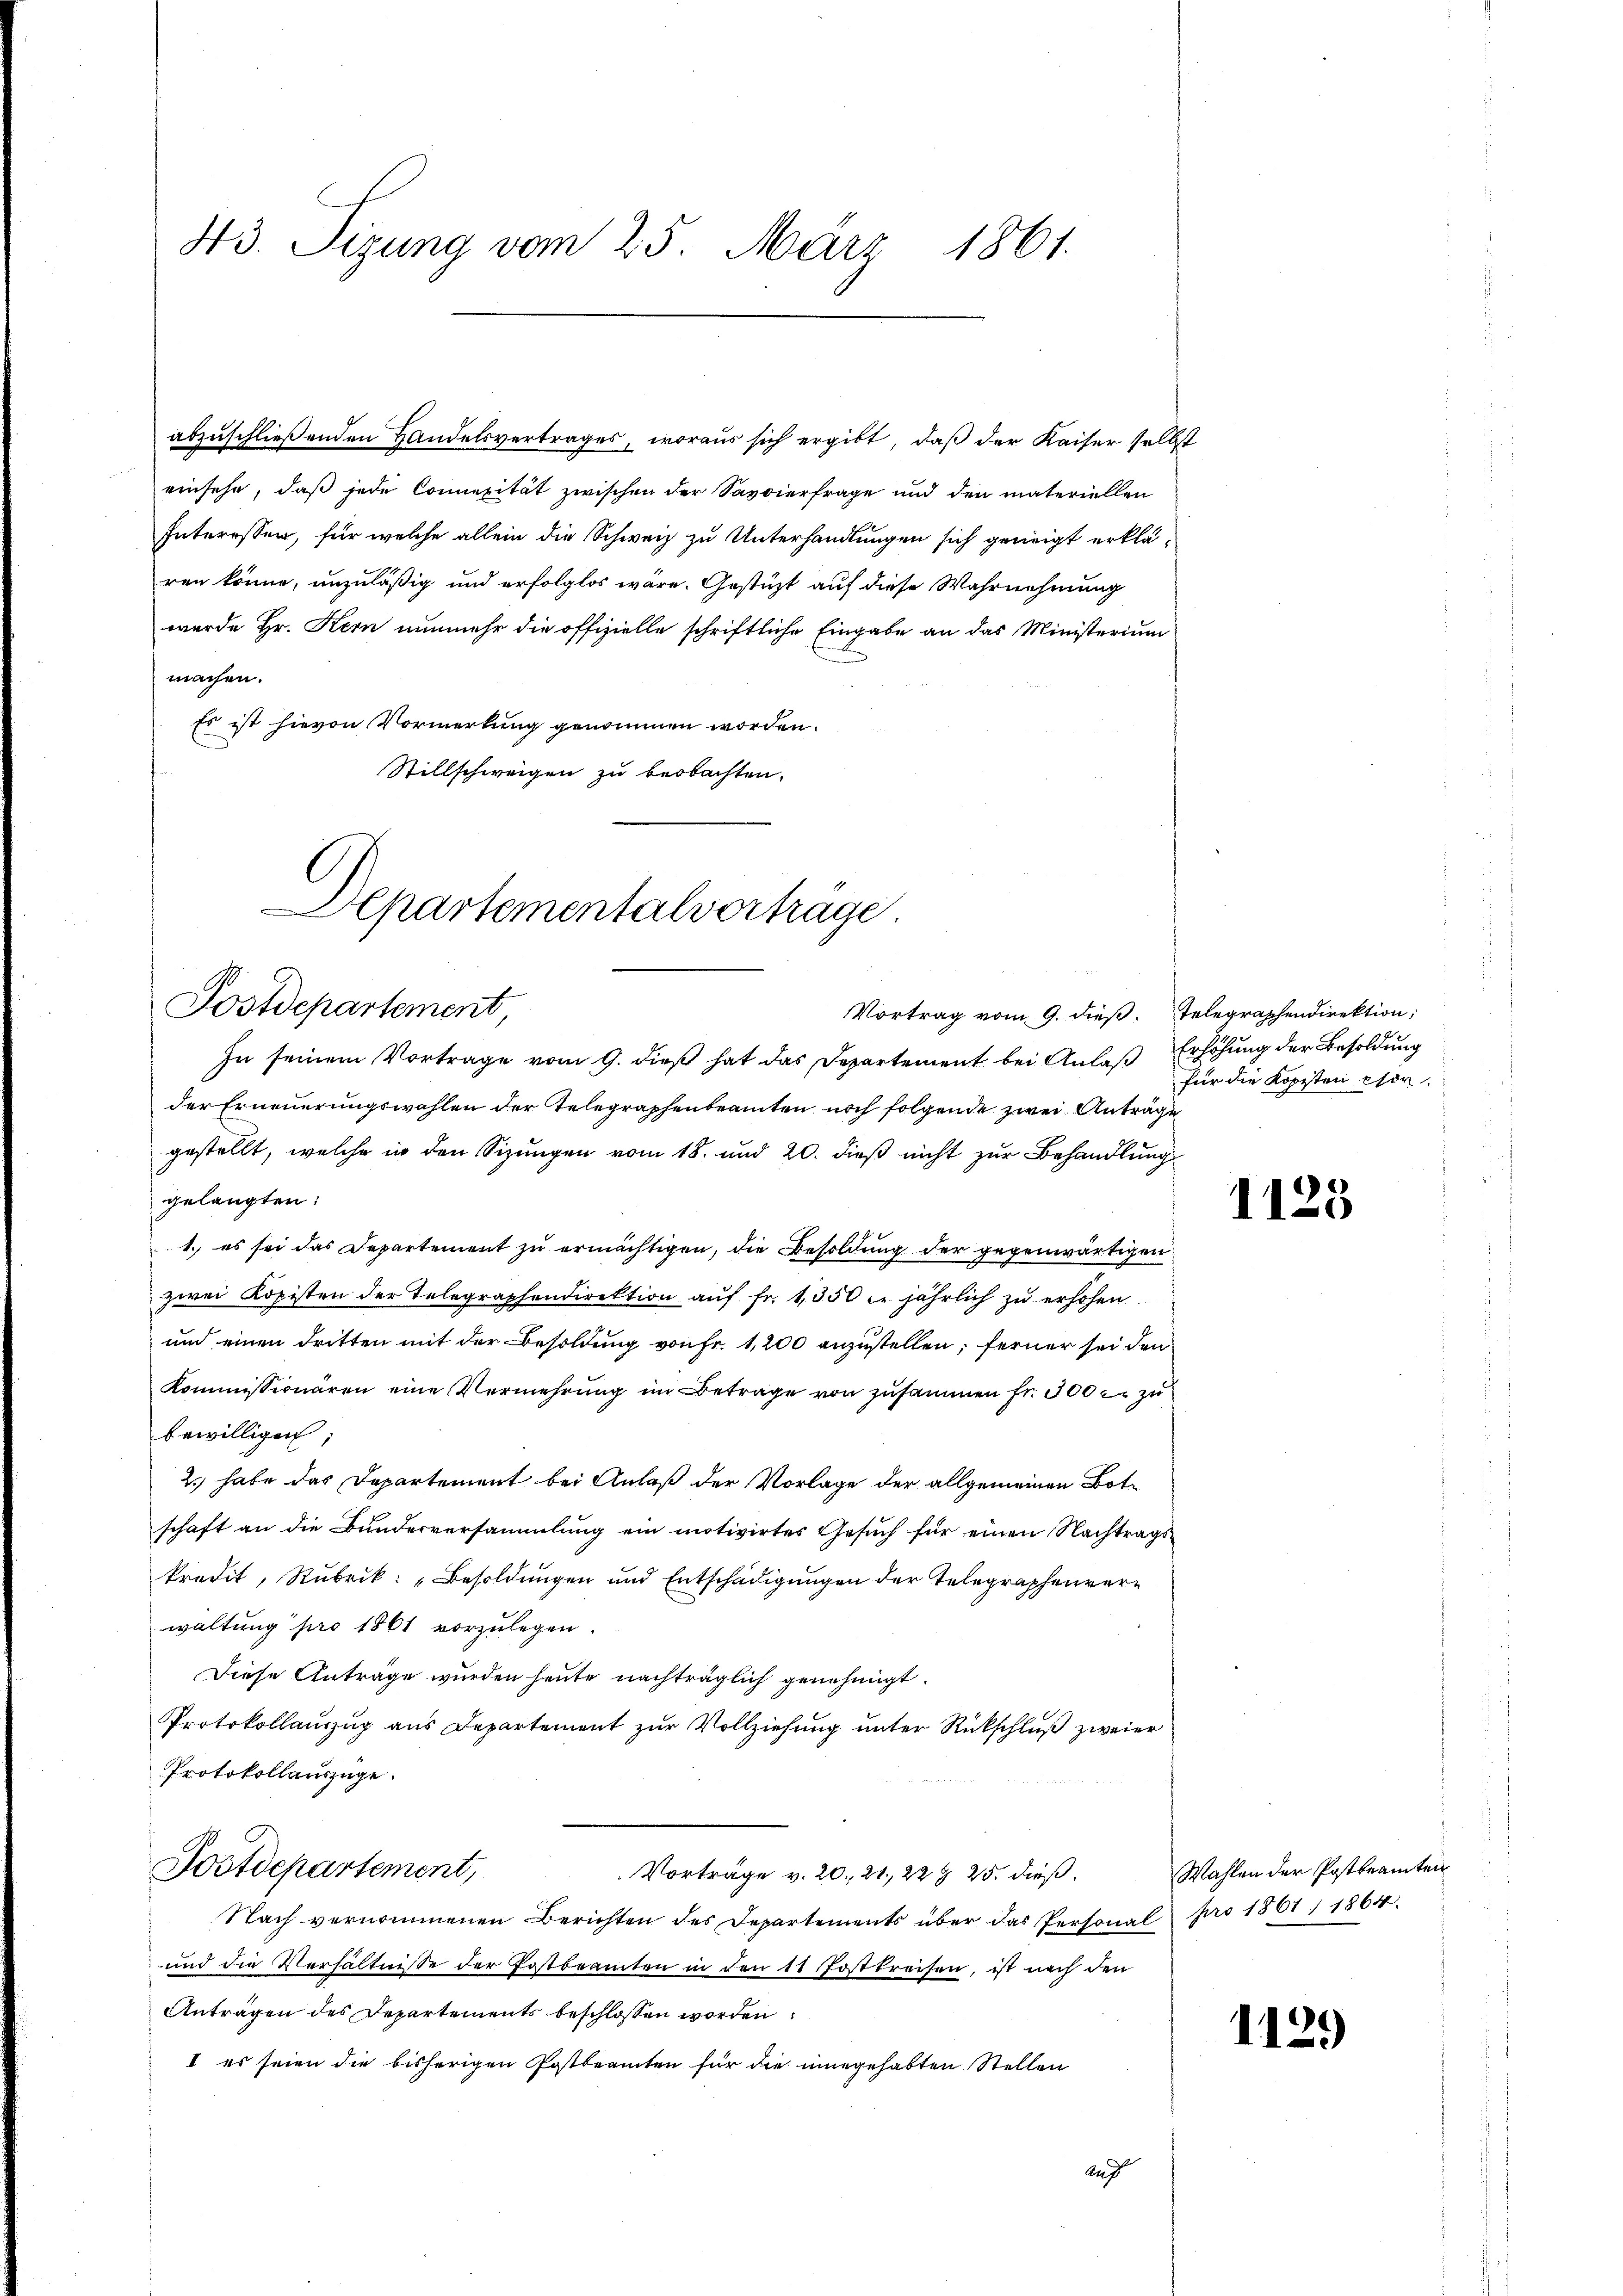
43. Sizung vom 25. März 1861.

ren könne, unzuläßig und erfolglos wäre. Gestützt auf diese Wahrnehmung
wurde Hr. Kern nunmehr die offizielle schriftliche Eingabe an das Ministerium
machen.
Er ist hievon Vormerkung genommen worden.
Stillschweigen zu beobachten.

Departementalvertrage
Postdepartement

abzuschließenden Handelsvertrages, woraus sich ergibt, daß der Kaiser selbst
einsehe, daß jede Connexität zwischen der Savvierfrage und den materiellen
Interessen, für welche allein die Schweiz zu Unterhandlungen sich geneigt erklä¬

In seinem Vortrage vom 9. dieß hat das Departement bei Anlaß Erhöhung der Besoldung
der Erneuerungswahlen der Telegraphenbeamten noch folgende zwei Anträge
gestellt, welche in den Sizungen vom 18. und 20. dieß nicht zur Behandlung
gelangten:
1. es sei das Departement zu ermächtigen, die Besoldung der gegenwärtigen
zwei Kopisten der Telegraphendirektion aŭf fr. 1350 l. jährlich zu erhöhen
und einen dritten mit der Besoldung von Fr. 1,200 anzustellen; ferner sei den
Kommissionären eine Vermehrung im Betrage von zusammen fr. 300 r. zu
bewilligen
2. habe das Departement bei Anlaß der Vorlage der allgemeinen Botschaft an die Bundesversammlung ein motivirtes Gesuch für einen Nachtragskredit, Rubrik: „Besoldungen und Entschädigungen der Telegraphenverwaltung pro 1861 vorzulegen.
Diese Anträge wurden heute nachträglich genehmigt.
Protokollauszug aus Departement zur Vollziehung unter Rückschluß zweier
Protokollauszüge.
Postdepartement,
Vorträge v. 20. 21. 22 § 25. dieß¬
Nach vernommenen Berichten des Departements über das Personal pro 1861, 1864.
und die Verhältnisse der Postbeamten in den 11. Postkreisen, ist nach den
Antragen des Departements beschlossen worden
I es seien die bisherigen Postbeamten für die innegehabten Stellen
Auf

Vortrag vom 9. dieß. Telegraphendirektion,

für die Kopisten esir-

1125

Wahlen der Postbeamten

1129